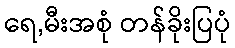
ရေ,မီးအစုံ တန်ခိုးပြပုံ